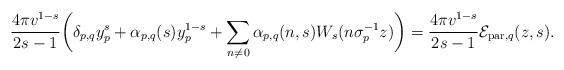
LaTeX: \begin{align*}\frac{4\pi v^{1-s}}{2s-1}\bigg(\delta_{p,q}y_{p}^{s}+\alpha_{p,q}(s)y_{p}^{1-s}+\sum_{n\not = 0}\alpha_{p,q}(n,s)W_{s}(n\sigma_{p}^{-1}z)\bigg)=\frac{4\pi v^{1-s}}{2s-1}\mathcal{E}_{\mathrm{par},q}(z,s).\end{align*}